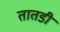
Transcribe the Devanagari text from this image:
तातडी